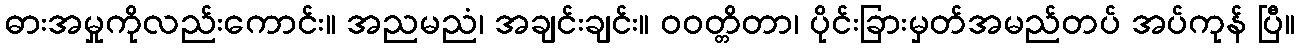
ဓားအမှုကိုလည်းကောင်း။ အညမညံ၊ အချင်းချင်း။ ဝဝတ္တိတာ၊ ပိုင်းခြားမှတ်အမည်တပ် အပ်ကုန် ပြီ။